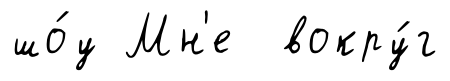
шо́у Мн'е вокру́г